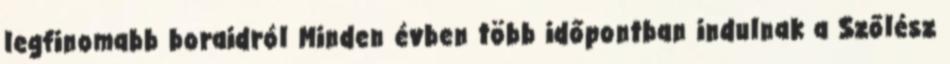
legfinomabb boraidról Minden évben több időpontban indulnak a Szőlész